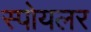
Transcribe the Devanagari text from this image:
स्पोयलर